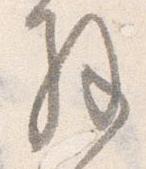
解